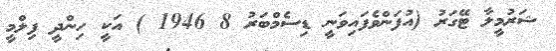
ޝަރުމީލާ ޓޭގަރު (އުފަންވެފައިވަނީ ޑިސެމްބަރު 8 1946 ) އަކީ ހިންދީ ފިލްމީ